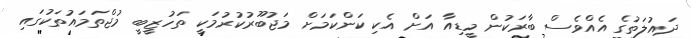
ދައުލަތުގެ އެއްވެސް ބާރަކުން މީޑިއާ އަށް އެކި ކަންކަމަށް މަޖުބޫރުކުރުމަކީ ތަހުޒީބީ މުޖްތަމައުތަކުގައި